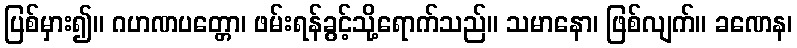
ပြစ်မှား၍။ ဂဟဏပတ္တော၊ ဖမ်းရန်ခွင့်သို့ရောက်သည်။ သမာနော၊ ဖြစ်လျက်။ ခဏေန၊